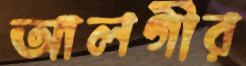
আলগীর